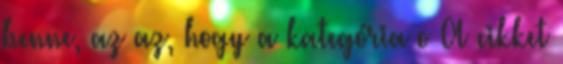
benne, az az, hogy a kategória o A cikket